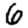
Digit: 6